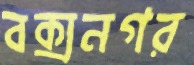
বক্সনগর